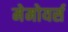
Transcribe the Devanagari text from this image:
मेमोयर्स